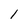
Character: 1